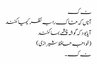
ٹ ک
آناں کہ خاک را بہ نظر کیمیا کنند
آیا بود کہ گوشہ چشمے بما کنند
(خواجہ حافظ شیرازی )
ٹ ک ۔